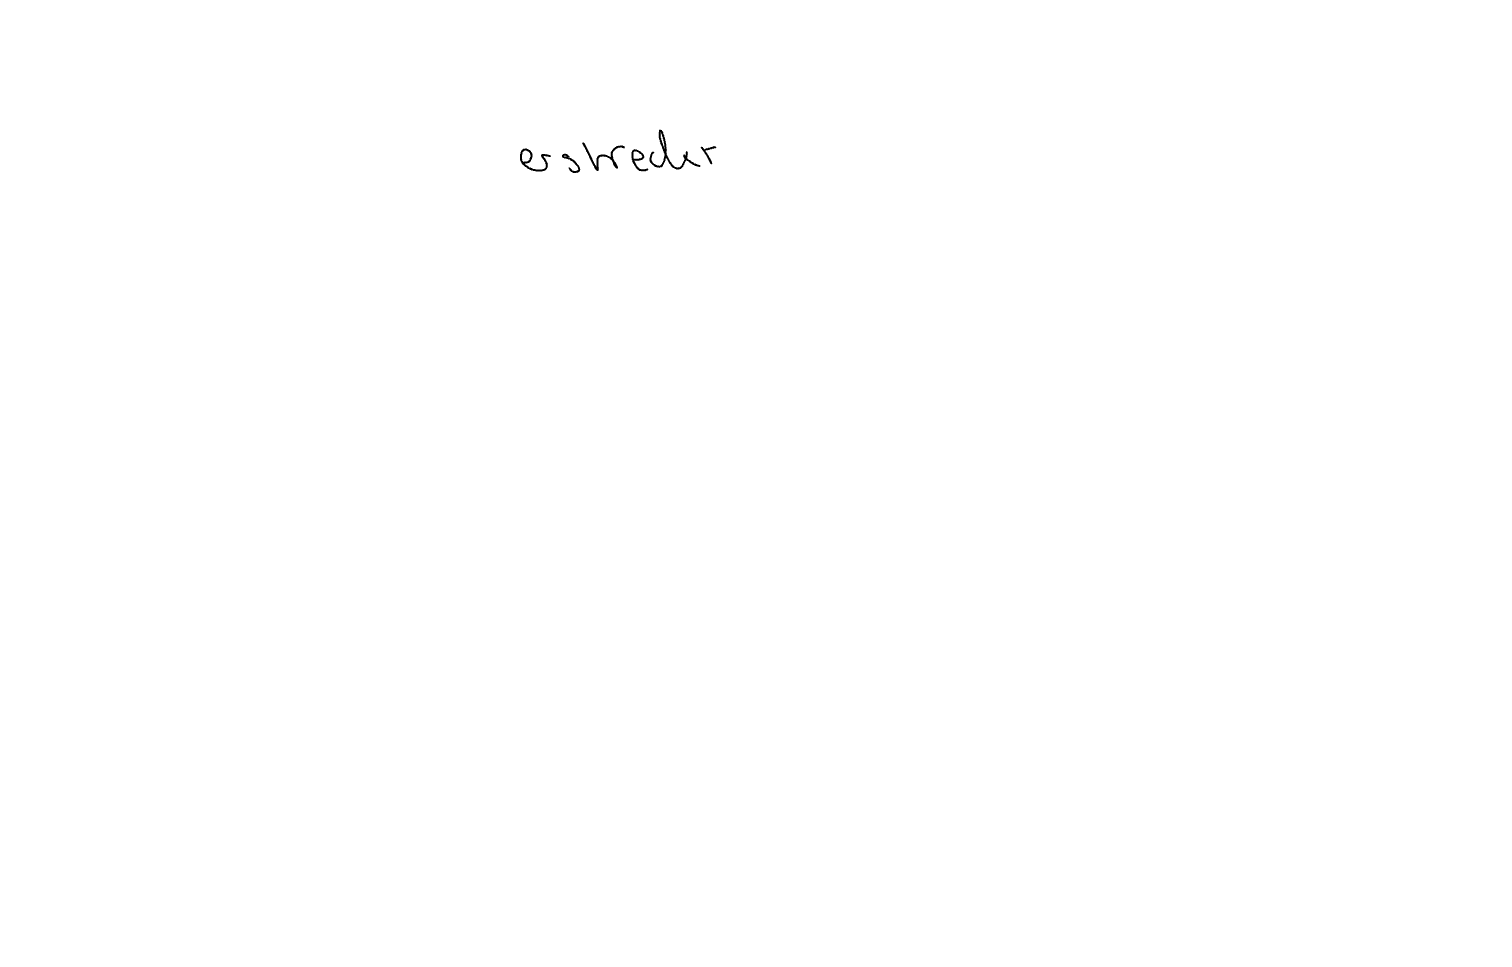
Text: erstreckt